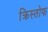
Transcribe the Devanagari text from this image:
क्रिस्तोफ